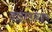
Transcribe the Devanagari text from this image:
वाइल्‍डलाइफ